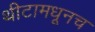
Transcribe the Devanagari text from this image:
थीटामधूनच